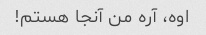
اوه، آره من آنجا هستم!